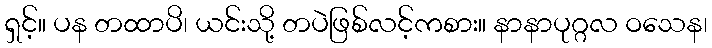
ရှင့်။ ပန တထာပိ၊ ယင်းသို့ တပဲဖြစ်လင့်ကစား။ နာနာပုဂ္ဂလ ဝသေန၊